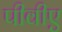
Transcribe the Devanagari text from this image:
पीवीए